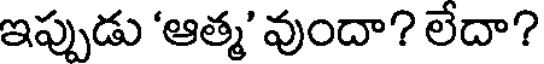
ఇప్పుడు 'ఆత్మ' వుందా? లేదా?